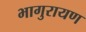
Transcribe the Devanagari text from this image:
भागुरायण